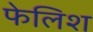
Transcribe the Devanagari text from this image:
फेलिश